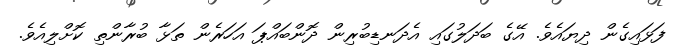
ފަޅައިގެން ދިޔައެވެ. އޭގެ ބަދަލުގައި އެދަނޑިބުރިން ދޮންބައްޕަ އަހަރެން ތަޅާ ބުރާންތި ކޮށްލިއެވެ.